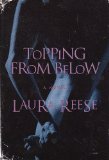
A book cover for Topping from Below; Laura Reese; Romance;